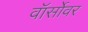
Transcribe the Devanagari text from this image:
वॉर्सोवर